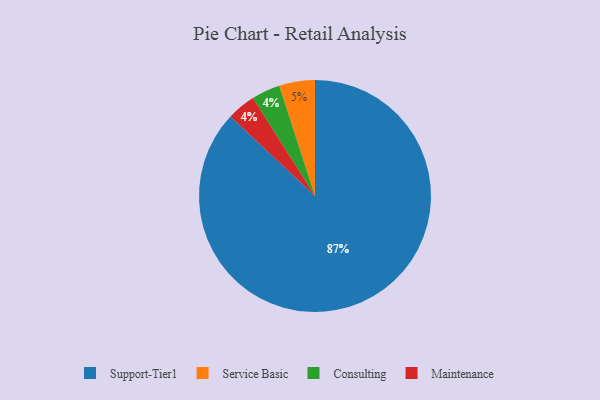
{"axis": {"x": "Category", "y": "Percentage"}, "legend": ["Consulting", "Maintenance", "Service Basic", "Support-Tier1"], "data": [{"x": "Consulting", "y": 4, "type": "Consulting"}, {"x": "Maintenance", "y": 4, "type": "Maintenance"}, {"x": "Service Basic", "y": 5, "type": "Service Basic"}, {"x": "Support-Tier1", "y": 87, "type": "Support-Tier1"}]}